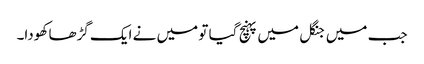
جب میں جنگل میں پہنچ گیا تو میں نے ایک گڑھا کھودا۔